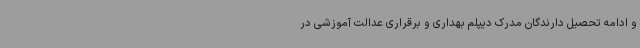
و ادامه تحصیل دارندگان مدرک دیپلم بهداری و برقراری عدالت آموزشی در